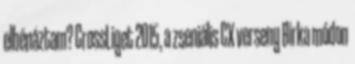
elbénáztam? CrossLiget 2015, a zseniális CX verseny Birka módon